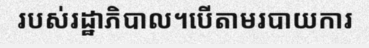
របស់រដ្ឋាភិបាល។បើតាមរបាយការ